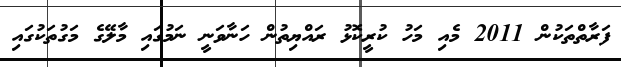
ފަރާތްތަކުން 2011 މެއި މަހު ކުރީކޮޅު ރައްޔިތުން ހަނާވަނީ ނަމުގައި މާލޭގެ މަގުތަކުގައި